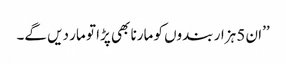
’’ان 5 ہزار بندوں کو مارنا بھی پڑا تو مار دیں گے۔